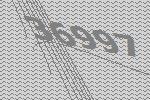
36997